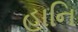
હાનિ